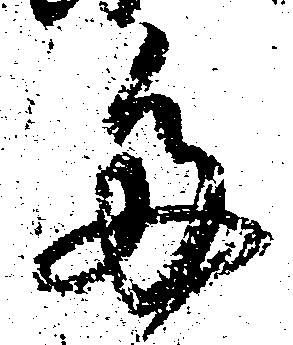
多